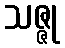
သဇ္ဇု